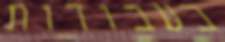
בעבודות